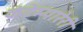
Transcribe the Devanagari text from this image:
कंटेम्पारेरी